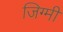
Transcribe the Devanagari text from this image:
जिग्मी